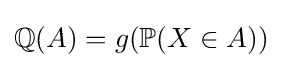
\mathbb {Q} (A)=g(\mathbb {P} (X\in A))